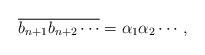
LaTeX: \begin{align*}\overline{b_{n+1} b_{n+2} \cdots} = \alpha_1 \alpha_2 \cdots,\end{align*}